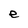
Character: e